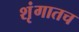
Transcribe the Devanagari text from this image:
शृंगातच